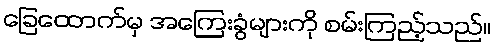
ခြေထောက်မှ အကြေးခွံများကို စမ်းကြည့်သည်။